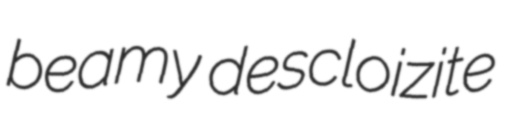
beamy descloizite